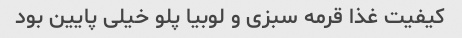
کیفیت غذا قرمه سبزی و لوبیا پلو خیلی پایین بود